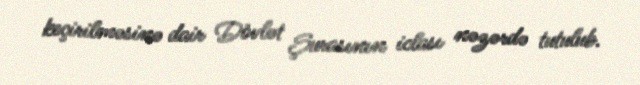
keçirilməsinə dair Dövlət Şurasının iclası nəzərdə tutulub.